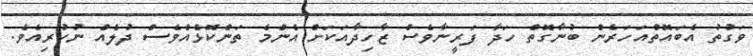
ވަގުތު އެބައޮތްއަހަރެން ބުނާގޮތް ހަދާ ފަރީނާވެސް ޒާހިދާއަކަށް އެންމެ ތަންކޮޅެއްވެސް ދުލެއް ނުކުރިއެވެ.